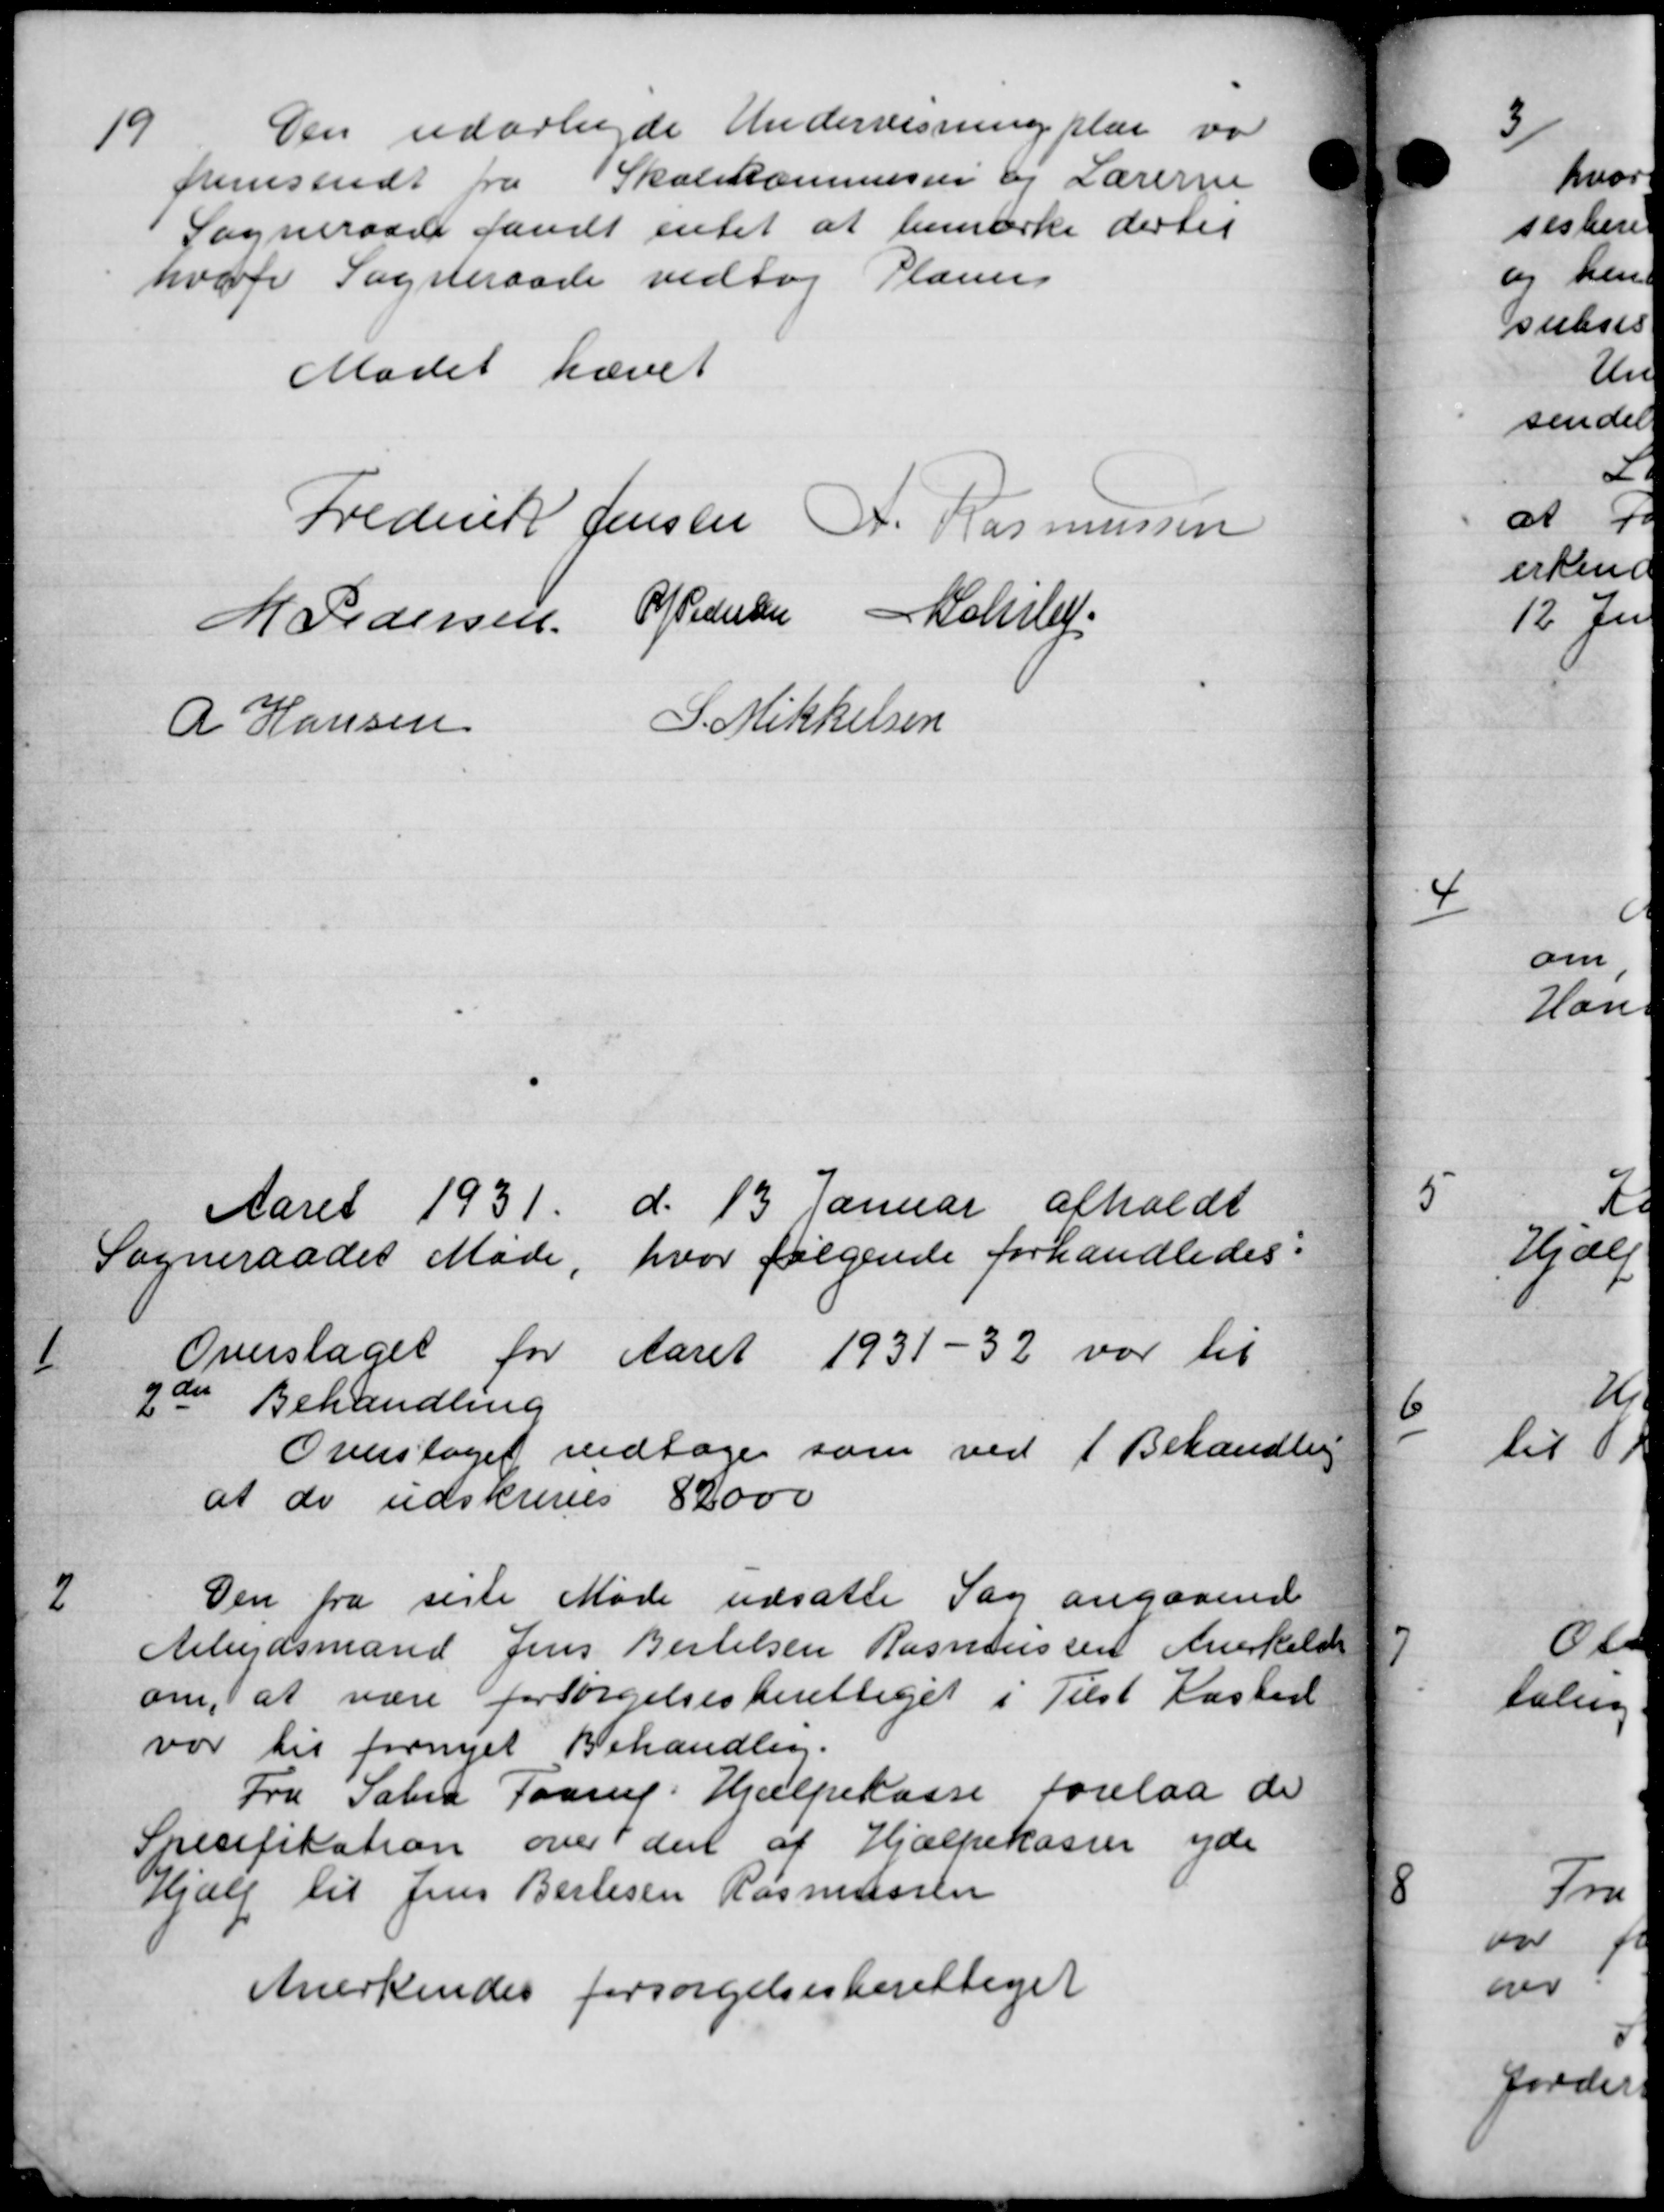
Transskription:
19
Den udarbejde Undervisning plar va
fremsendt fra Skolekommission og Lærerne
Sogneraad fandt entet at bemærke dertil
hvori Sogneraade vedtog Planer
Mødet hævet
Frederik Jensen A. Rasmussen
M Pedersen P Pedersen Schrluf
A Hansen
S. Mikkelsen
Aaret 1931 d. 13 Januar afholdt
Sogneraadet Møde, hvor følgende forhandledes:
1
Overslaget for Aaret 1931-32 var til
2den Behandling
Overslaget vedtoges som ved 1 Behandling
at de udskrives 82000
2
Den fra siste Møde udsætte Sag angaaende
Arbejdsmand Jens Bertelsen Rasmussen Anerkeld
om, at være forsørgelsesberettiget i Tilst Kasted
var til fornyet Behandling.
Fra Sabro Faarup Hjælpekasse forelaa de
Specifikation over der af Hjælpekassen yde
Hjælp til Jens Berlesen Rasmussen
Anerkendes forsørgelsesberettiget